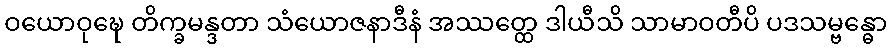
ဝယောဝုဍ္ဎေ တိက္ခမန္ဒတာ သံယောဇနာဒီနံ အဿတ္ထေ ဒါယီသိ သာမာဝတီပိ ပဒသမ္ဗန္ဓော